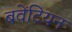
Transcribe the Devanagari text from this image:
बवेंटियन